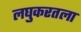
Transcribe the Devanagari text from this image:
लघुकरतला